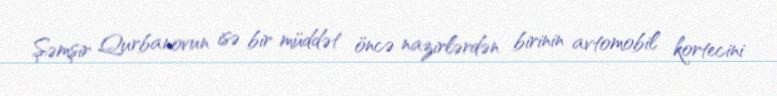
Şəmşir Qurbanovun isə bir müddət öncə nazirlərdən birinin avtomobil kortecini